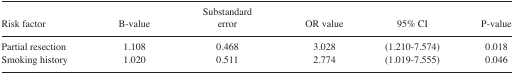
<table><thead><tr><td><b>Risk factor</b></td><td><b>B-value</b></td><td><b>Substandard error</b></td><td><b>OR value</b></td><td><b>95% CI</b></td><td><b>P-value</b></td></tr></thead><tbody><tr><td>Partial resection</td><td>1.108</td><td>0.468</td><td>3.028</td><td>(1.210–7.574)</td><td>0.018</td></tr><tr><td>Smoking history</td><td>1.020</td><td>0.511</td><td>2.774</td><td>(1.019–7.555)</td><td>0.046</td></tr></tbody></table>